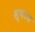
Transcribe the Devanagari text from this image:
स्पाश